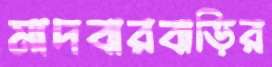
মাদবারবাড়ির